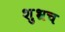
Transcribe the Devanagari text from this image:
शुभ्रच